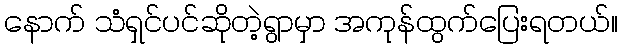
နောက် သံရှင်ပင်ဆိုတဲ့ရွာမှာ အကုန်ထွက်ပြေးရတယ်။